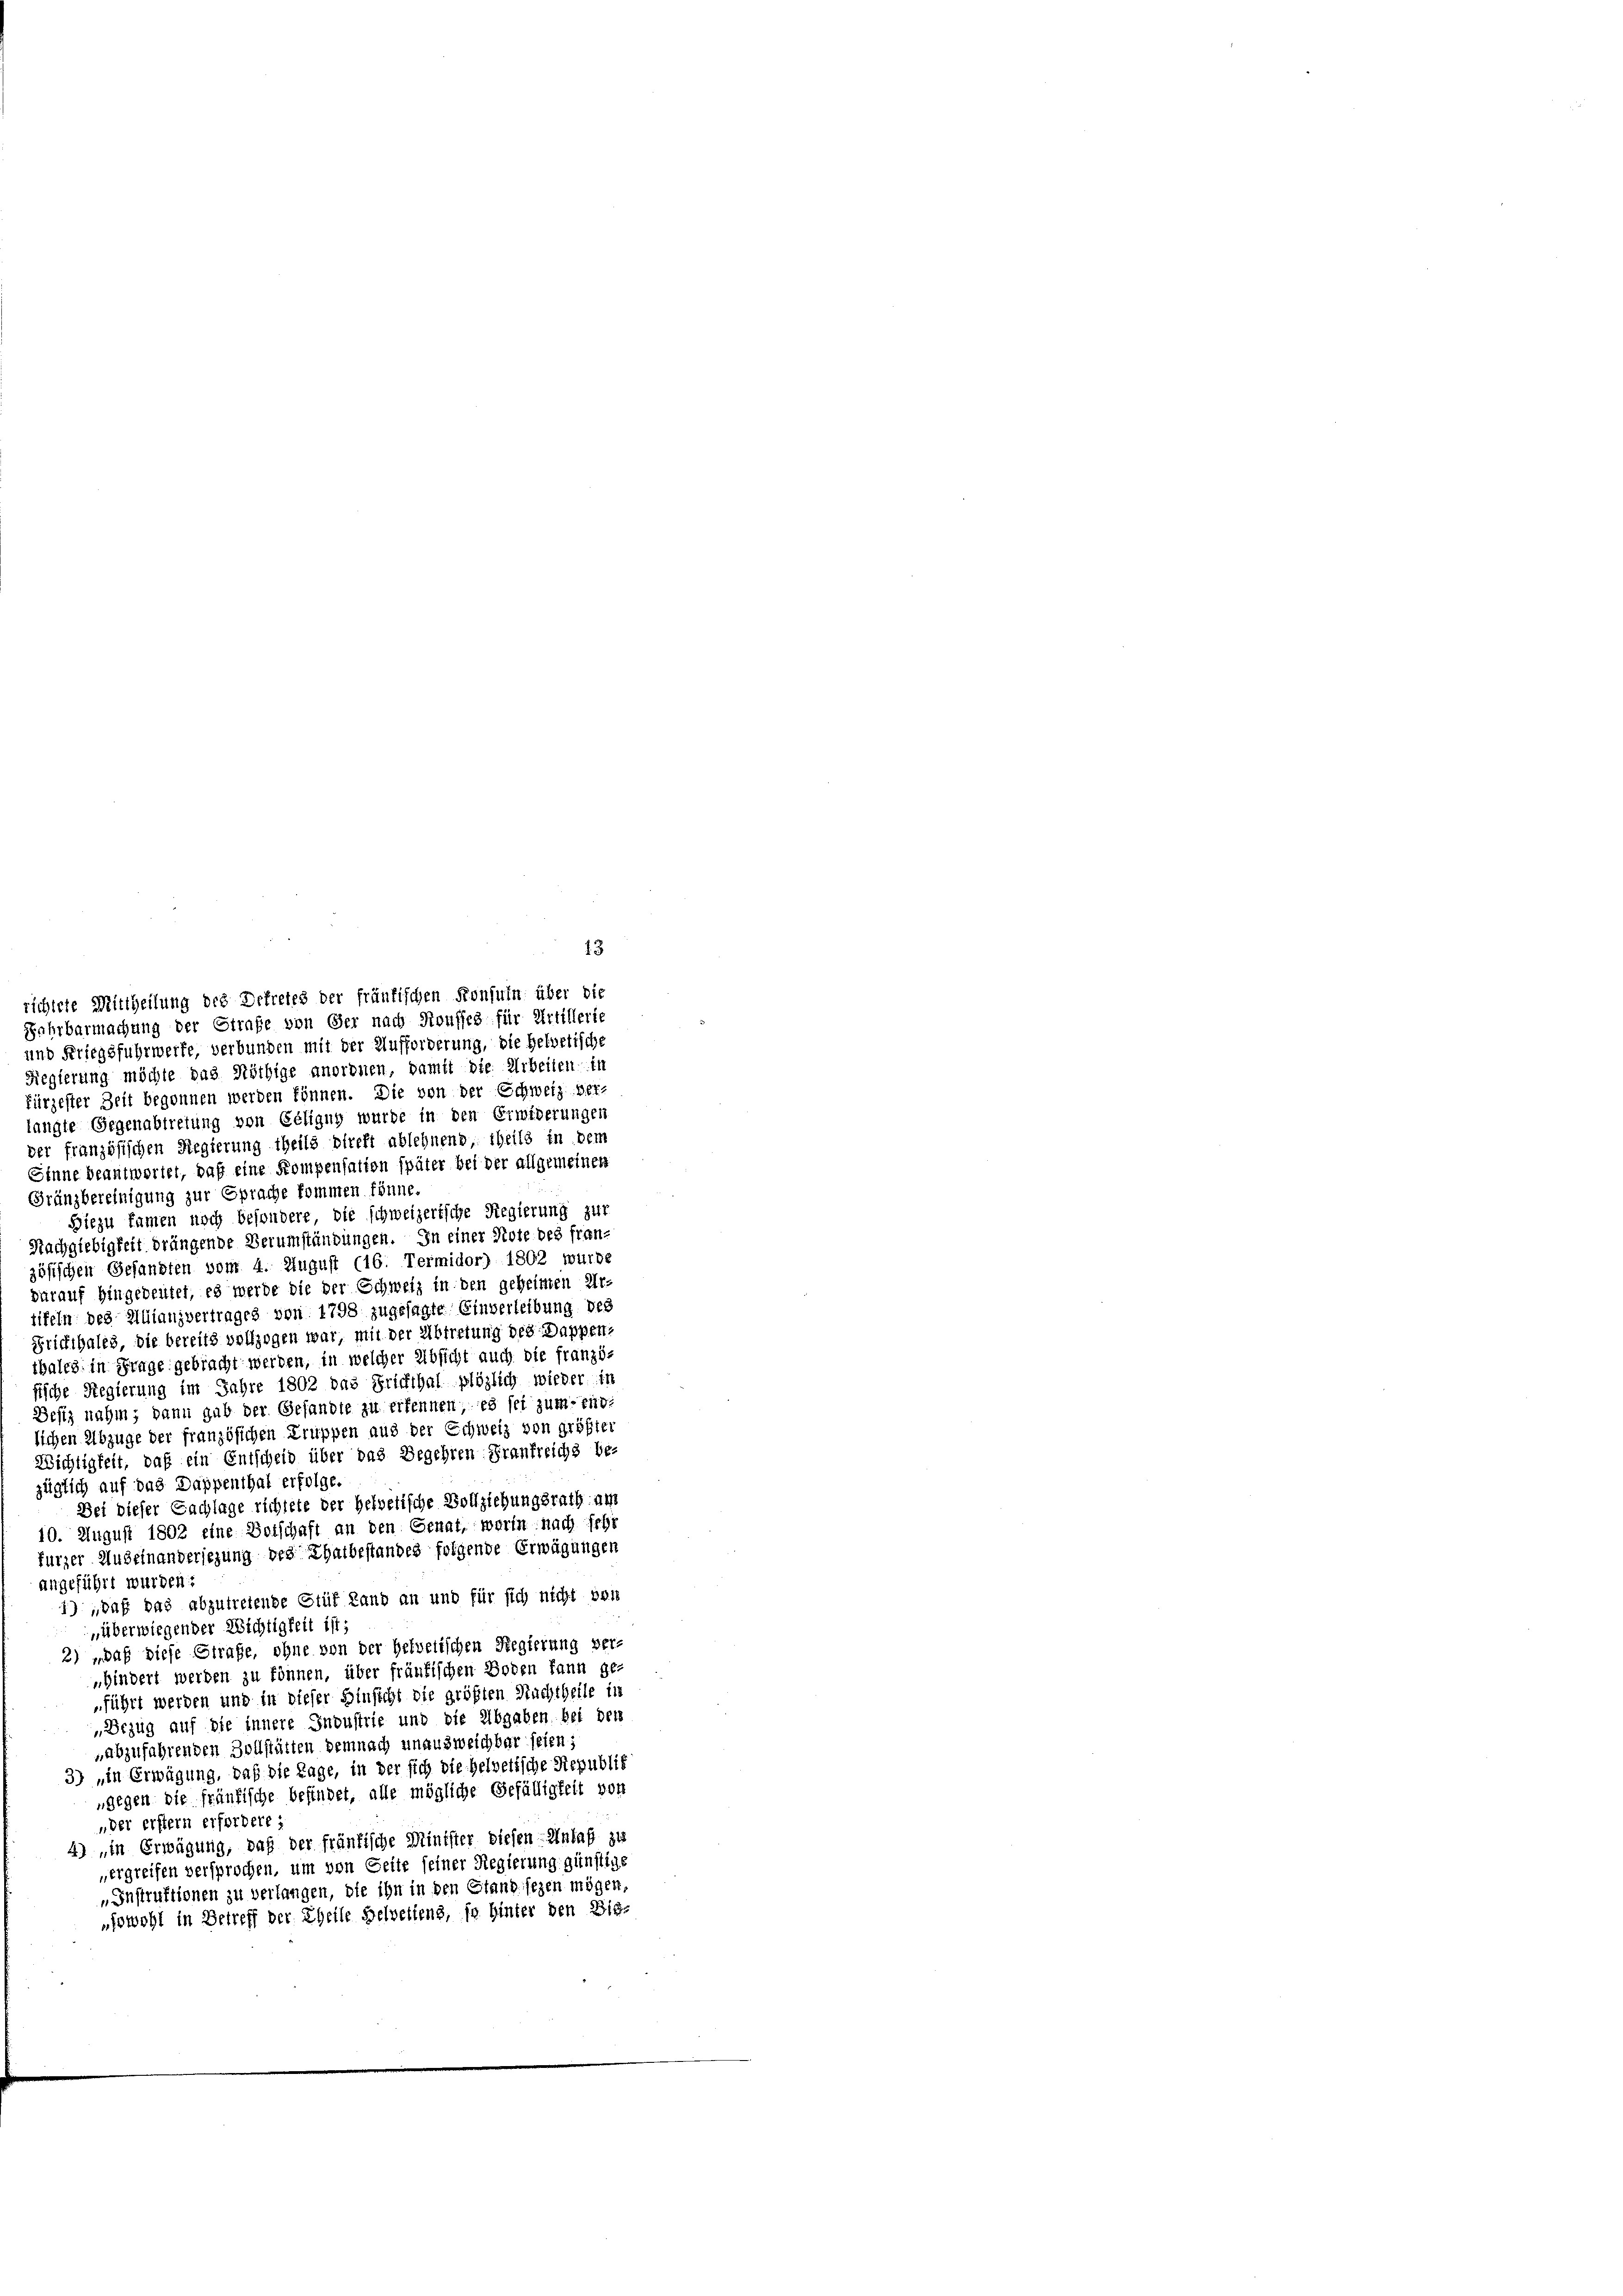
angeführt wurden:

richtete Mittheilung des Defreies der fräutischen Konsuln über die
Fahrbarmachung der Strafe von Ger nach Souffes für Artillerie
und Kriegsfuhrwerfe, verbunden mit der Aufforderung, die Helvetische
Fiegierung möchte das Nöthige anordnen, damit die Arbeiten in
fürzester Zeit begonnen werden können. Die von der Schweiz bei-
langte Gegenabtretung von Géligug wurde in den Erwiderungen
der französischen Regierung theils blreft ablehnend, theils in dem
Einne beantwortet, daß eine Kompensation später bei der allgemeinen
Gränzbereinigung zur Sprache kommen könne
Hiezu kamen noch besondere, die schweizerische Regierung zur
Nachgiebigkeit drängende Verumständungen. In einer Note des fran-
zösischen Gesandten vom 4. August (16. Termidor) 1862 wurde
darauf hingedeutet, es werde die der Schweiz in den geheimen Ur-
tifeln des Allianzvertrages von 1798 zugesagte Einverleibung des
Frickthales, die bereits vollzogen war, mit der Abtretung des Dappen-
thales in Frage gebracht werden, in welcher Absicht auch die franzö-
fische Regierung im Jahre 1802 das Griffthal plözlich wieder in
Desiz nahm; dann gab der Gesandte zu erkennen, es sei zum endlichen Abzuge der französichen Truppen aus der Schweiz von größter
Wichtigkeit, daß ein Entscheid über das Begehren Frankreichs be-
züglich auf das Dappenthal erfolge.
Dei dieser Fachlage richtete der Helvetische Vollziehungsrath am
10. August 1802 eine Botschaft an den Genat, waren nach sehr
fürzer Hubeinandersezung des Thatbestandes folgende Erwägungen
1) „daß das abzutretende Stüf Land an und für sich nicht vor
„überwiegender Wichtigkeit ist.
2) „daß diese Strafe, ohne von der Helvetischen Regierung ver-
„Hindert werden zu können, über fränkischen Boden kann ge-
führt werden und in dieser Hinsicht die größten Nachtheile in
„Bezug auf die innere Industrie und die Abgaben bei der
„abzufahrenden Zollstätten demnach unausweichbar seien;
3) „in Erwägung, daß die Tage, in der sich die Helvetische Republik
gegen die fränkische befindet, alle mögliche Gefälligkeit von
„der erstern erfordere;
4) in Erwägung, daß der fränkische Minister diesen - Anlaß zu
ergreifen versprochen, um von Seite seiner Regierung günstige
„Instruktionen zu verlangen, die ihn in den Stand sezen mögen,
„sowohl in Betreff der Theile Helvetiens, so hinter den Bie-

13